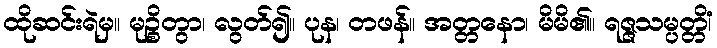
ထိုဆင်းရဲမှ။ မုဉ္စိတွာ၊ လွတ်၍။ ပုန၊ တဖန်။ အတ္တနော၊ မိမိ၏။ ရဇ္ဇသမ္ပတ္တိံ၊